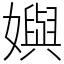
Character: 嬩